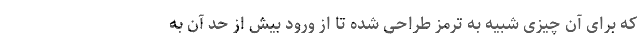
که برای آن چیزی شبیه به ترمز طراحی شده تا از ورود بیش‌ از حد آن به